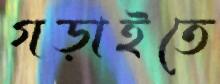
গড়াইতে